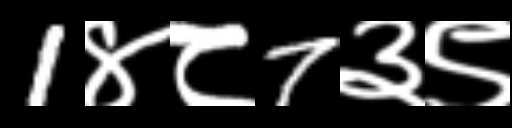
Text: 1४८7३९